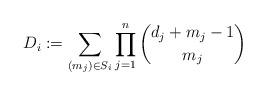
LaTeX: \begin{align*}D_i :=\sum _{(m_j )\in S_i}\prod _{j=1}^n \binom{d_j +m_j -1}{m_j }\end{align*}